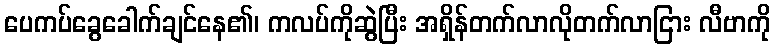
ပေကပ်ခွေခေါက်ချင်နေ၏၊ ကလပ်ကိုဆွဲပြီး အရှိန်တက်လာလိုတက်လာငြား လီဗာကို